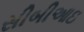
સીબીઆઇ